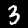
Label: 3